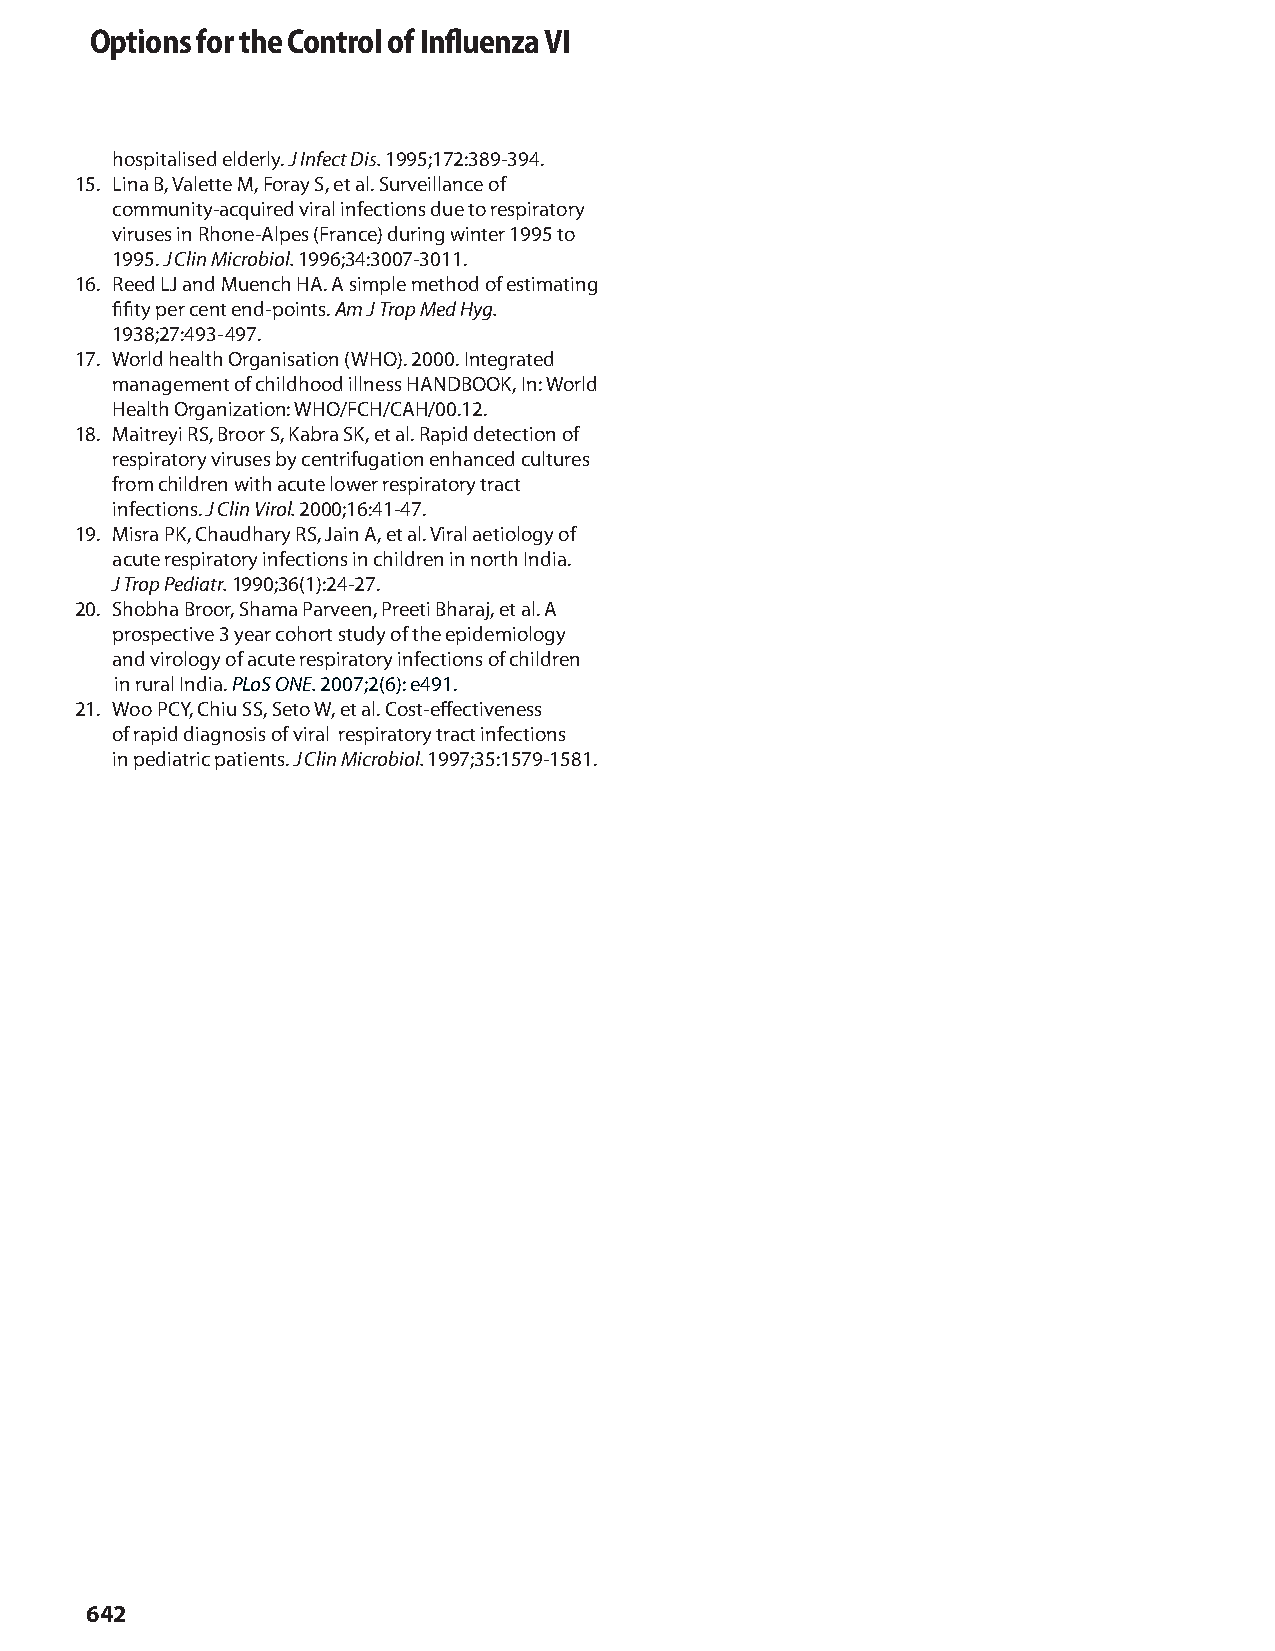
Options for the Control of Influenza VI
 hospitalised elderly. J Infect Dis. 1995;172:389-394.
 15. Lina B, Valette M, Foray S, et al. Surveillance of
 community-acquired viral infections due to respiratory
 viruses in Rhone-Alpes (France) during winter 1995 to
 1995. J Clin Microbiol. 1996;34:3007-3011.
 16. Reed LJ and Muench HA. A simple method of estimating
 fifity per cent end-points. Am J Trop Med Hyg.
 1938;27:493- 497.
 17. World health Organisation (WHO). 2000. Integrated
 management of childhood illness HANDBOOK, In: World
 Health Organization: WHO/FCH/CAH/00.12.
 18. Maitreyi RS, Broor S, Kabra SK, et al. Rapid detection of
 respiratory viruses by centrifugation enhanced cultures
 from children with acute lower respiratory tract
 infections. J Clin Virol. 2000;16:41-47.
 19. Misra PK, Chaudhary RS, Jain A, et al. Viral aetiology of
 acute respiratory infections in children in north India.
 J Trop Pediatr. 1990;36(1):24-27.
 20. Shobha Broor, Shama Parveen, Preeti Bharaj, et al. A
 prospective 3 year cohort study of the epidemiology
 and virology of acute respiratory infections of children
 in rural India. PLoS ONE. 2007;2(6): e491.
 21. Woo PCY, Chiu SS, Seto W, et al. Cost-effectiveness
 of rapid diagnosis of viral respiratory tract infections
 in pediatric patients. J Clin Microbiol. 1997;35:1579-1581.
 642